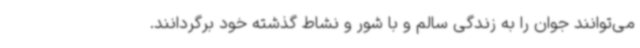
می‌توانند جوان را به زندگی سالم و با شور و نشاط گذشته خود برگردانند.